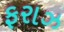
ફરાઝ